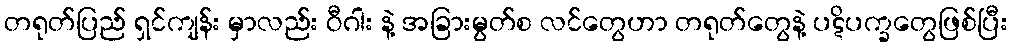
တရုတ်ပြည် ရှင်ကျန်း မှာလည်း ဝီဂါး နဲ့ အခြားမွတ်စ လင်တွေဟာ တရုတ်တွေနဲ့ ပဋိပက္ခတွေဖြစ်ပြီး